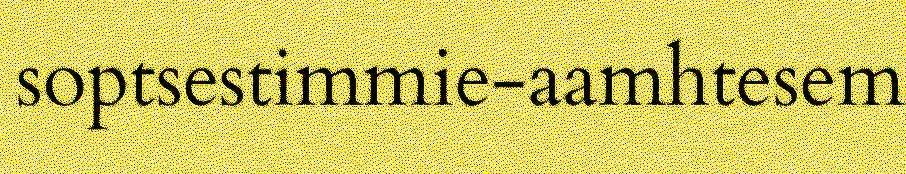
soptsestimmie-aamhtesem